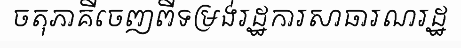
ចតុភាគីចេញពីទម្រង់រដ្ឋការសាធារណរដ្ឋ